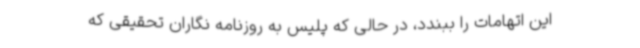
این اتهامات را ببندد، در حالی که پلیس به روزنامه نگاران تحقیقی که